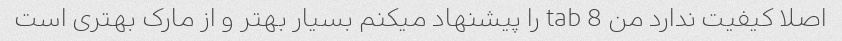
اصلا کیفیت ندارد من tab 8 را پیشنهاد میکنم بسیار بهتر و از مارک بهتری است